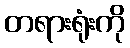
တရားရုံးကို